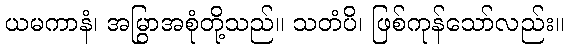
ယမကာနံ၊ အမြွာအစုံတို့သည်။ သတံပိ၊ ဖြစ်ကုန်သော်လည်း။